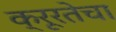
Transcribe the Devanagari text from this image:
क्रूरतेचा